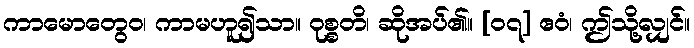
ကာမောတွေဝ၊ ကာမဟူ၍သာ။ ဝုစ္စတိ၊ ဆိုအပ်၏။ [၀၇] ဧဝံ၊ ဤသို့လျှင်။